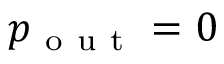
p _ { \mathrm { ~ o ~ u ~ t ~ } } = 0